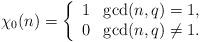
LaTeX: \begin{align*}\chi _0(n)=\left \{ \begin{array}{ll} 1 & \gcd (n,q)=1, \\ 0 & \gcd (n,q)\neq 1. \end{array} \right .\end{align*}